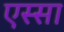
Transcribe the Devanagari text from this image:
एस्सा